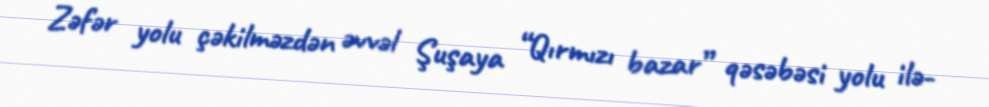
Zəfər yolu çəkilməzdən əvvəl Şuşaya “Qırmızı bazar” qəsəbəsi yolu ilə-